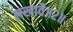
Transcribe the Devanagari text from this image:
लखावै॥२॥